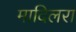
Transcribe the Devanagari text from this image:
मादिलरा